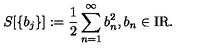
S [ \{ b _ { j } \} ] : = \frac { 1 } { 2 } \sum _ { n = 1 } ^ { \infty } b _ { n } ^ { 2 } , b _ { n } \in \mathrm { I R } .